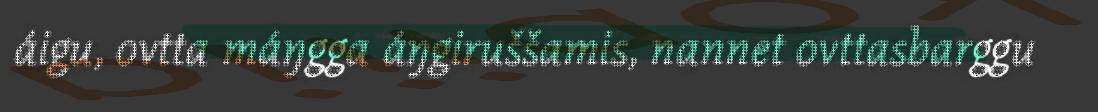
áigu, ovtta máŋgga áŋgiruššamis, nannet ovttasbarggu